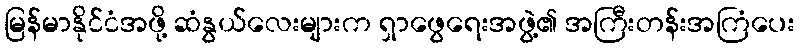
မြန်မာနိုင်ငံအဖို့ ဆံနွယ်လေးများက ရှာဖွေရေးအဖွဲ့၏ အကြီးတန်းအကြံပေး